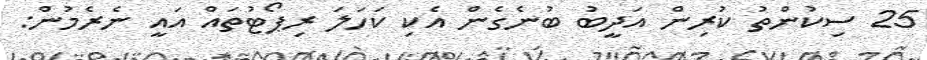
25 ސިކުންތު ކުރިން އަދީބު ބުނެގެން އެކި ކަހަލަ ރިޕޯޓުތައް އައީ ނެރެމުން: